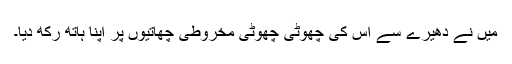
میں نے دھیرے سے اس کی چھوٹی چھوٹی مخروطی چھاتیوں پر اپنا ہاتھ رکھ دیا۔